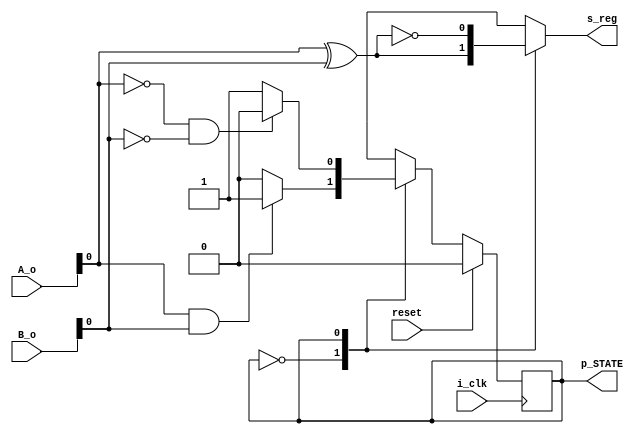
`timescale 1ns / 1ps
//////////////////////////////////////////////////////////////////////////////////
// Company: 
// Engineer: 
// 
// Design Name: 
// Module Name: control_FSM
// Project Name: 
// Target Devices: 
// Tool Versions: 
// Description: 
// 
// Dependencies: 
// 
// Revision:
// Revision 0.01 - File Created
// Additional Comments:
// 
//////////////////////////////////////////////////////////////////////////////////



module control_FSM( i_clk , reset , A_o , B_o , p_STATE, s_reg  );
parameter WIDTH5 = 8;
input i_clk ;
input reset ;
input [WIDTH5-1:0] A_o , B_o ;



output reg  p_STATE ;
reg  nEXT_STATE ; 


parameter G = 0 ;
parameter H = 1 ;
output reg s_reg ;


//data register //

always @ (posedge i_clk)
 begin
    if (reset ==1'b1)
      begin
        p_STATE <= G ;
          end
     else
       begin
        p_STATE <= nEXT_STATE ;
          end
       end
          
 ////next_state logic + output logic ///
 
 always @ (A_o or B_o or p_STATE )
   begin
      case (p_STATE )
        G : begin
              s_reg = A_o[0]^B_o[0] ; 
                if (A_o[0]& B_o[0])
                 nEXT_STATE = H ;
                  else
                   nEXT_STATE = G ;
                   end 
        H : begin
              s_reg = ~(A_o[0]^B_o[0]);
                 if (~A_o[0]& ~B_o[0])
                    nEXT_STATE = G ;
                     else
                      nEXT_STATE = H  ;
                       end
                  default : nEXT_STATE = G ;
             endcase
        end     
                                            
endmodule